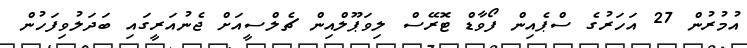
އުމުރުން 27 އަހަރުގެ ސްޕެއިން ފޯވާޑް ޓޮރޭސް ލިވަޕޫލްއިން ޗެލްސީއަށް ޖެނުއަރީގައި ބަދަލުވިފަހުން